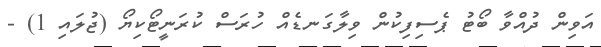
އަވިން ދުއްވާ ބޯޓު ޕެސިފިކުން ވިލާގަނޑެއް ހުރަސް ކުރަނީޓޯކިޔޯ (ޖުލައި 1) -